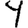
Digit: 4